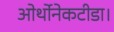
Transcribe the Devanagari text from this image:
ओर्थोनेकटीडा।